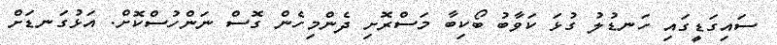
ސައިގަޑީގައި ހަނޑުލު ގުޅަ ކަވާބު ބޯކިބާ މަސްރޮށި ދެންމިހެން ގޮސް ނަންހުސްކޮށް. އަޅުގަނޑަށް